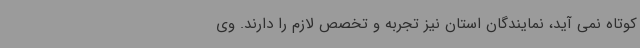
کوتاه نمی آید، نمایندگان استان نیز تجربه و تخصص لازم را دارند. وی